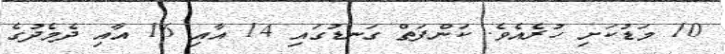
10 މަޑުކަށި ހުރެއެވެ. ކަންފަތް ގަނޑުގައި 14 އާއި 16 އާއި ދެމެދުގެ